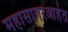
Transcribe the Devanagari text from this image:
महासागरआहेत